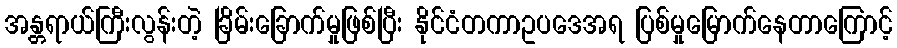
အန္တရာယ်ကြီးလွန်းတဲ့ ခြိမ်းခြောက်မှုဖြစ်ပြီး နိုင်ငံတကာဥပဒေအရ ပြစ်မှုမြောက်နေတာကြောင့်